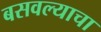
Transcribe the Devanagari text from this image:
बसवल्याचा